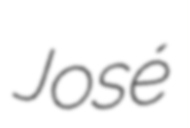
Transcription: José